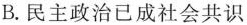
B.民主政治已成社会共识